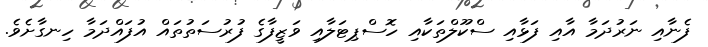
ފެނާއި ނަރުދަމާ އާއި ފަޅާއި ސްކޫލްތަކާއި ހޮސްޕިޓަލާއި ވަޒީފާގެ ފުރުސަތުތައް އުފައްދަމާ ހިނގާށެވެ.